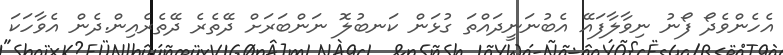
އެހެންވެދޯ ފޯނު ނިވާލާފައޭ އެބުނަނީދައްތަ ގުޅަން ކަނބުލޮ ނަންބަރަށް ދޭތެރެ ދޭތެރެއިން.ދެން އެވާހަކަ